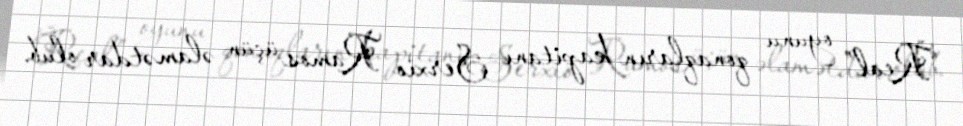
“Real” oyunu qonaqların kapitanı Serxio Ramos üçün əlamətdar olub.